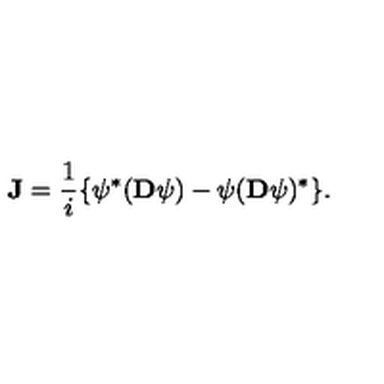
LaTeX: { \bf J } = \frac { 1 } { i } \{ \psi ^ { * } ( { \bf D } \psi ) - \psi ( { \bf D } \psi ) ^ { * } \} .